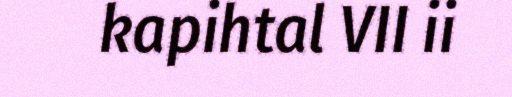
kapihtal VII ii